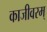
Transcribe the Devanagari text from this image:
काजीवरम्